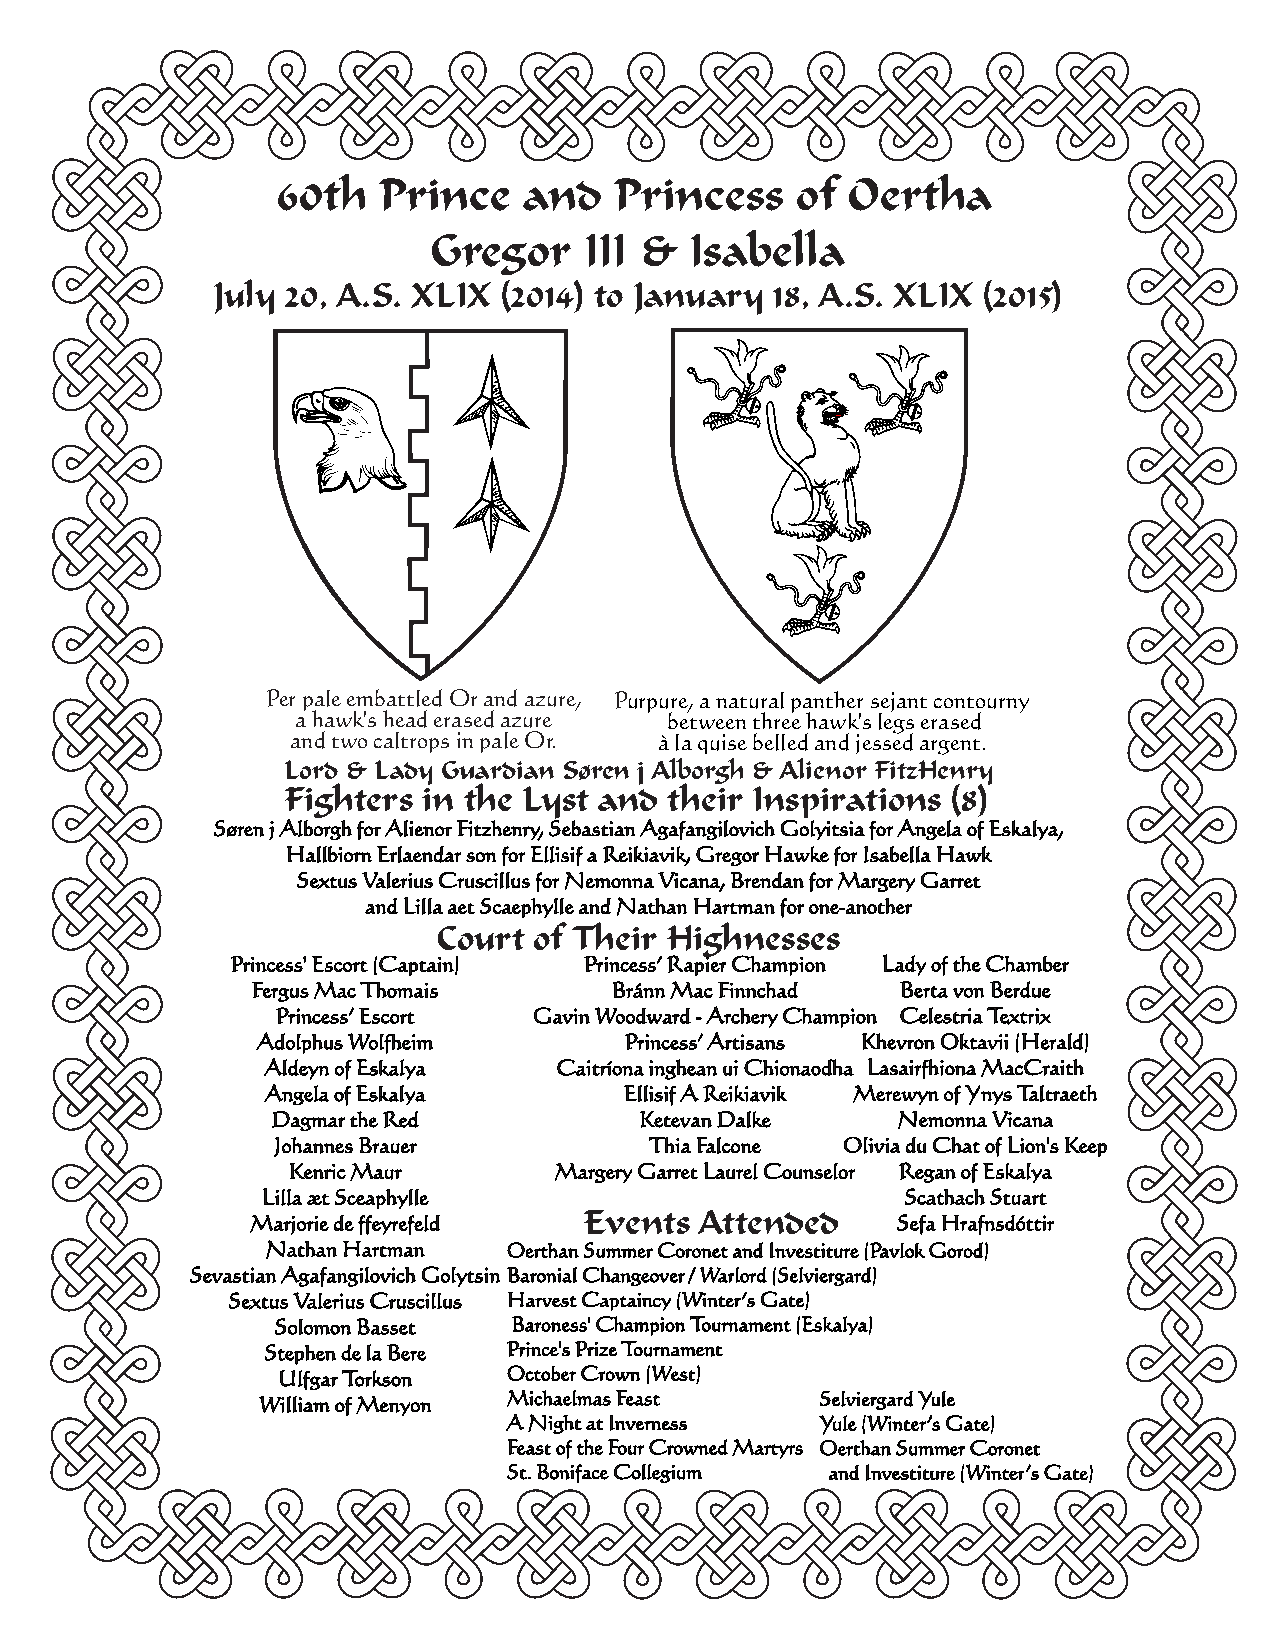
60th   Prince    and   Princess    of Oertha
 Gregor     III &  Isabella
 July 20, A.S. XLIX (2014) to January 18, A.S. XLIX (2015)
 Per pale embattled Or and azure, Purpure, a natural panther sejant contourny
 a hawk's head erased azure between three hawk's legs erased
 and two caltrops in pale Or. à la quise belled and jessed argent.
 Lord & Lady Guardian Søren j Alborgh & Alienor FitzHenry
 Fighters in the Lyst and their Inspirations (8)
 Søren j Alborgh for Alienor Fitzhenry, Sebastian Agafangilovich Golyitsia for Angela of Eskalya,
 Hallbiorn Erlaendar son for Ellisif a Reikiavik, Gregor Hawke for Isabella Hawk
 Sextus Valerius Cruscillus for Nemonna Vicana, Brendan for Margery Garret
 and Lilla aet Scaephylle and Nathan Hartman for one-another
 Court of Their Highnesses
 Princess' Escort (Captain) Princess’ Rapier Champion Lady of the Chamber
 Fergus Mac Thomais      Bránn Mac Finnchad Berta von Berdue
 Princess’ Escort Gavin Woodward - Archery Champion Celestria Textrix
 Adolphus Wolfheim       Princess’ Artisans Khevron Oktavii (Herald)
 Aldeyn of Eskalya  Caitríona inghean ui Chionaodha Lasairfhiona MacCraith
 Angela of Eskalya      Ellisif A Reikiavik Merewyn of Ynys Taltraeth
 Dagmar the Red          Ketevan Dalke    Nemonna Vicana
 Johannes Brauer          Thia Falcone Olivia du Chat of Lion's Keep
 Kenric Maur       Margery Garret Laurel Counselor Regan of Eskalya
 Lilla æt Sceaphylle                        Scathach Stuart
 Marjorie de ffeyrefeld Events Attended    Sefa Hrafnsdóttir
 Nathan Hartman  Oerthan Summer Coronet and Investiture (Pavlok Gorod)
 Sevastian Agafangilovich Golytsin Baronial Changeover / Warlord (Selviergard)
 Sextus Valerius Cruscillus Harvest Captaincy (Winter’s Gate)
 Solomon Basset  Baroness' Champion Tournament (Eskalya)
 Stephen de la Bere Prince's Prize Tournament
 Ulfgar Torkson  October Crown (West)
 William of Menyon Michaelmas Feast   Selviergard Yule
 A Night at Inverness Yule (Winter’s Gate)
 Feast of the Four Crowned Martyrs Oerthan Summer Coronet
 St. Boniface Collegium and Investiture (Winter’s Gate)